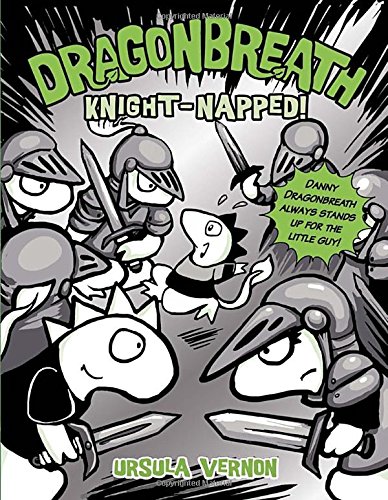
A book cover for Dragonbreath #10: Knight-napped!; Ursula Vernon; Children's Books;